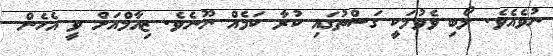
ނުވެއެވެ. ލޯބި ވެވުމަކީ ގަސްތުގައި ކުރާ ކަމެއް ނޫނެވެ. ޒިއާމްއަށް ވީ އެހެން